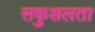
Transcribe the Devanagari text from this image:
सकुशलता